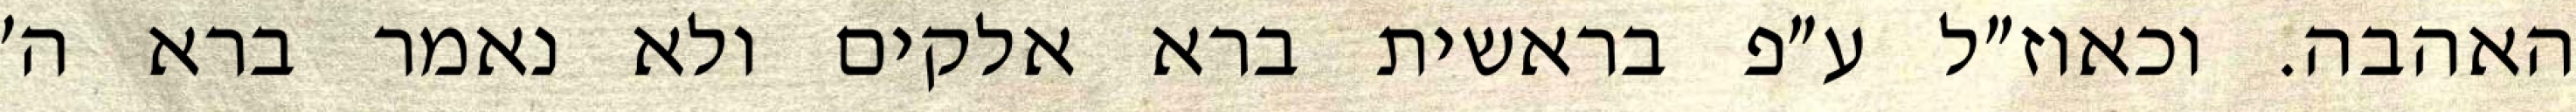
האהבה. וכאוז״ל ע״פ בראשית ברא אלקים ולא נאמר ברא ה׳